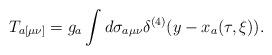
LaTeX: \begin{align*}T_{a[\mu\nu]}=g_a\int d\sigma_{a\mu\nu}\delta^{(4)}(y-x_a(\tau,\xi)).\end{align*}